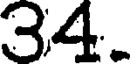
34.